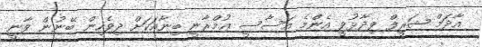
އާދަމް ޝަރީފް ވިދާޅުވީ އެންމެ އަސާސީ އުމްރާނީ ބިނާއަކަށް ދިވެހިން ބޭނުން ވާނީ